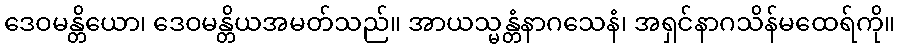
ဒေဝမန္တိယော၊ ဒေဝမန္တိယအမတ်သည်။ အာယသ္မန္တံနာဂသေနံ၊ အရှင်နာဂသိန်မထေရ်ကို။